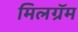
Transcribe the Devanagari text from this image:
मिलग्रॅम